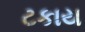
ટકાય